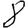
Digit: 8